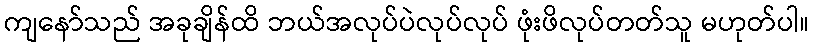
ကျနော်သည် အခုချိန်ထိ ဘယ်အလုပ်ပဲလုပ်လုပ် ဖုံးဖိလုပ်တတ်သူ မဟုတ်ပါ။